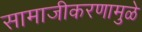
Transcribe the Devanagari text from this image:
सामाजीकरणामुळे